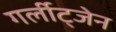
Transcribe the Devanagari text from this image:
गर्लीट्जेन